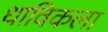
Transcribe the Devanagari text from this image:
धाविकला